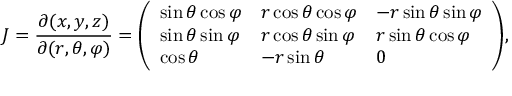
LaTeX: J = { \frac { \partial ( x , y , z ) } { \partial ( r , \theta , \varphi ) } } = { \left( \begin{array} { l l l } { \sin \theta \cos \varphi } & { r \cos \theta \cos \varphi } & { - r \sin \theta \sin \varphi } \\ { \sin \theta \sin \varphi } & { r \cos \theta \sin \varphi } & { r \sin \theta \cos \varphi } \\ { \cos \theta } & { - r \sin \theta } & { 0 } \end{array} \right) } ,